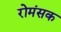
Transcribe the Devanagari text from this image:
रोमंसक